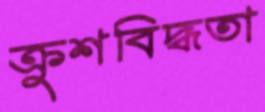
ক্রুশবিদ্ধতা